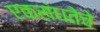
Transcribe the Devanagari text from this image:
एकसंधतेचे